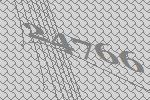
24766